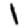
Digit: 1